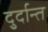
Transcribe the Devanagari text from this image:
दु्र्दान्त